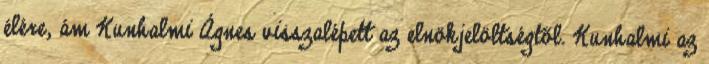
élére, ám Kunhalmi Ágnes visszalépett az elnökjelöltségtől. Kunhalmi az